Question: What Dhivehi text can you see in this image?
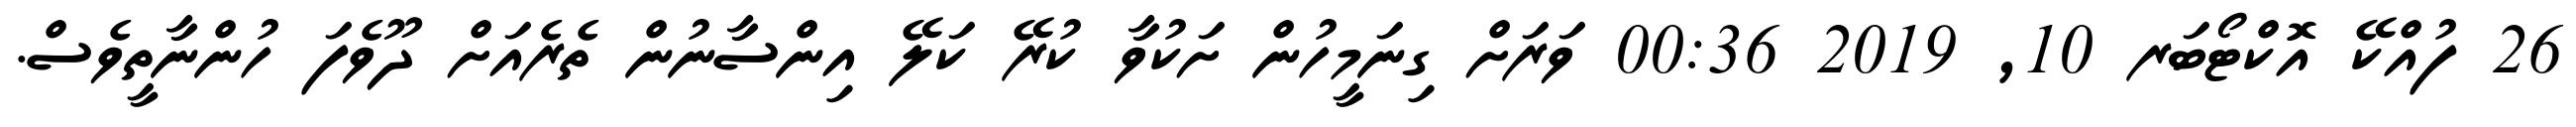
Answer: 26 ފުއްކޭ އޮކްޓޯބަރ 10, 2019 00:36 ވަރަށް ގިނަމީހުން ށަކުވާ ކުރޭ ކަލޭ އިންސާނުން ތެރެއަށް ދޫވެފަ ހުންނާތީވެސް.